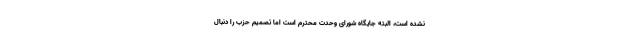
نشده است، البته جایگاه شورای وحدت محترم است اما تصمیم حزب را دنبال